Annual administration and progress report of the Indian Medical Department, Bombay
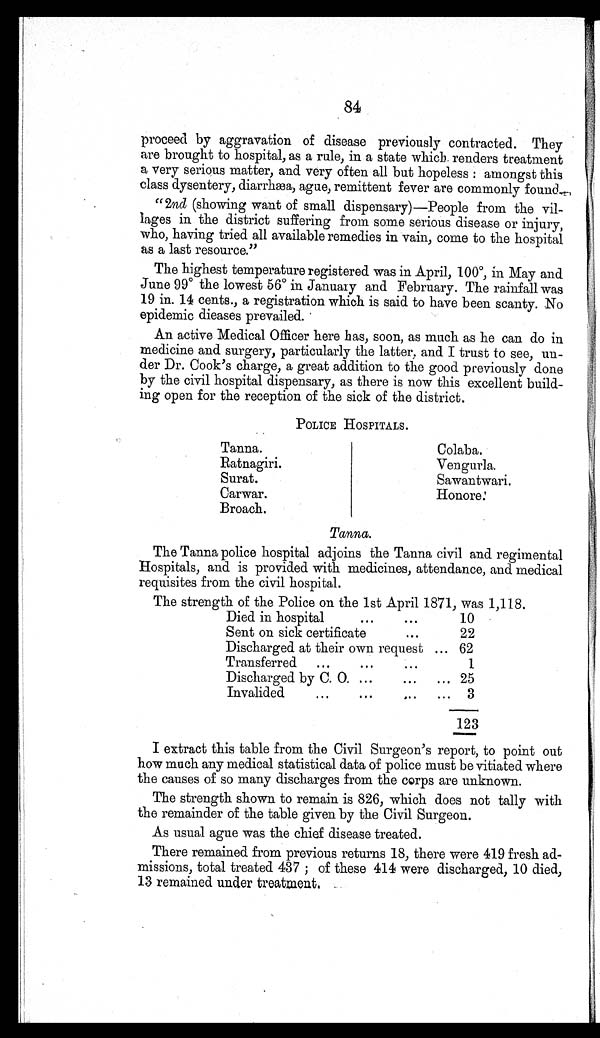
84
proceed by aggravation of disease previously contracted. They
are brought to hospital, as a rule, in a state which renders treatment
a very serious matter, and very often all but hopeless: amongst this
class dysentery, diarrhæa, ague, remittent fever are commonly found ―
"2nd (showing want of small dispensary)—People from the vil-
lages in the district suffering from some serious disease or injury,
who, having tried all available remedies in vain, come to the hospital
as a last resource."
The highest temperature registered was in April, 100°, in May and
June 99° the lowest 56° in January and February. The rainfall was
19 in. 14 cents., a registration which is said to have been scanty. No
epidemic dieases prevailed.
An active Medical Officer here has, soon, as much as he can do in
medicine and surgery, particularly the latter, and I trust to see, un-
der Dr. Cook's charge, a great addition to the good previously done
by the civil hospital dispensary, as there is now this excellent build-
ing open for the reception of the sick of the district.
POLICE HOSPITALS.
Tanna.
Colaba.
Ratnagiri.
Vengurla.
Surat.
Sawantwari.
Carwar.
Honore.
Broach.
Tanna.
The Tanna police hospital adjoins the Tanna civil and regimental
Hospitals, and is provided with medicines, attendance, and medical
requisites from the civil hospital.
The strength of the Police on the 1st April 1871, was 1,118.
Died in hospital
...
...
10
Sent on sick certificate... 2 2
Discharged at their own request ... 62
Transferred ...
...
...
1
Discharged by C. 0. ...
... ...
25
Invalided... ... ... ...
3
123
I extract this table from the Civil Surgeon's report, to point out
how much any medical statistical data of police must be vitiated where
the causes of so many discharges from the corps are unknown.
The strength shown to remain is 826, which does not tally with
the remainder of the table given by the Civil Surgeon.
As usual ague was the chief disease treated.
There remained from previous returns 18, there were 419 fresh ad-
missions, total treated 437 ; of these 414 were discharged, 10 died,
13 remained under treatment.